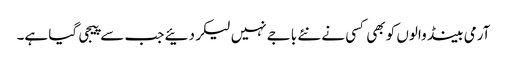
آرمی بینڈ والوں کو بھی کسی نے نئے باجے نہیں لیکر دئیے جب سے پیجی گیا ہے۔